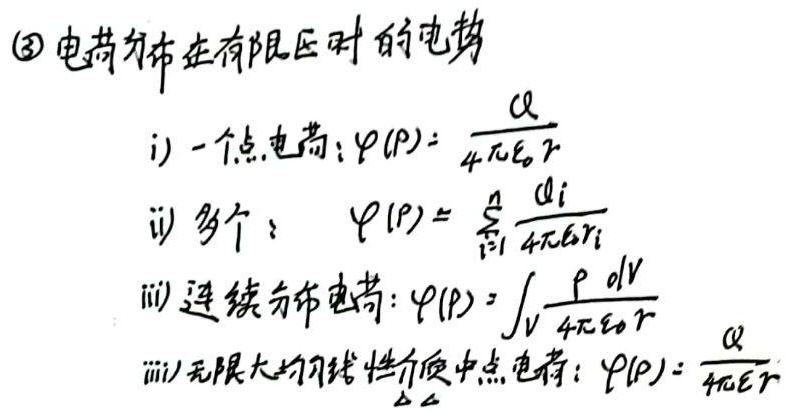
\textcircled{3} 电荷分布在有限区时的电势
    i) 一个点电荷：\(\varphi(P)=\frac{q}{4\pi \varepsilon_0 r}\)
    ii) 多个：\(\varphi(P)=\sum_{i = 1}^{n}\frac{q_i}{4\pi \varepsilon_0 r_i}\)
    iii) 连续分布电荷：\(\varphi(P)=\int_{V}\frac{\rho \mathrm{d}V}{4\pi \varepsilon_0 r}\)
    iv) 无限大均匀线性介质中点电荷：\(\varphi(P)=\frac{q}{4\pi \varepsilon r}\)